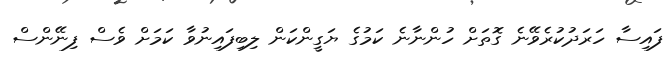
ފައިސާ ހަރަދުކުރެވޭނެ ގޮތަށް ހުންނާނެ ކަމުގެ ޔަގީންކަން ލިބިފައިނުވާ ކަމަށް ވެސް ފިނޭންސް